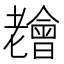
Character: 𦓊